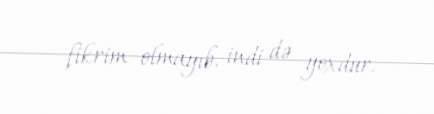
fikrim olmayıb, indi də yoxdur.